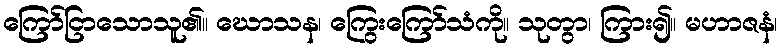
ကြော်ငြာသောသူ၏။ ဃောသန၊ ကြွေးကြော်သံကို။ သုတွာ၊ ကြား၍။ မဟာဇနံ၊